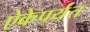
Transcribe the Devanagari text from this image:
ऐकेपर्यंत